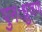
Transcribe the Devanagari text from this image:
पुनःध्रुवण